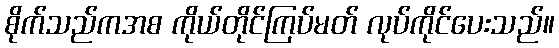
စိုက်သည်ကအစ ကိုယ်တိုင်ကြပ်မတ် လုပ်ကိုင်ပေးသည်။